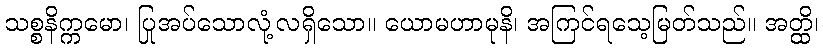
သစ္စနိက္ကမော၊ ပြုအပ်သောလုံ့လရှိသော။ ယောမဟာမုနိ၊ အကြင်ရသေ့မြတ်သည်။ အတ္ထိ၊